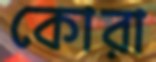
কোরা